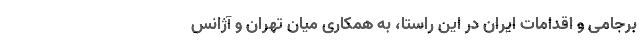
برجامی و اقدامات ایران در این راستا، به همکاری میان تهران و آژانس